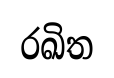
රඛිත